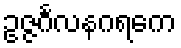
ဥဇ္ဇင်္ဂလနဂရကေ